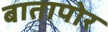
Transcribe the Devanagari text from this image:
बातापोर